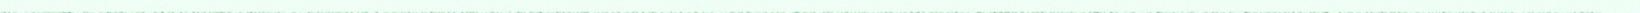
____________________________________________________________________________________